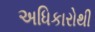
અધિકારોથી